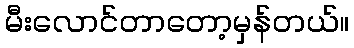
မီးလောင်တာတော့မှန်တယ်။